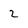
Character: 2